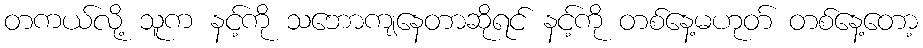
တကယ်လို့ သူက နင့်ကို သဘောကျနေတာဆိုရင် နင့်ကို တစ်နေ့မဟုတ် တစ်နေ့တော့